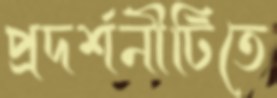
প্রদর্শনীটিতে